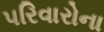
પરિવારોના